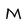
Character: M